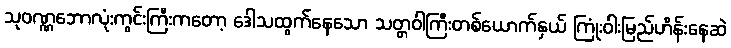
သုဝဏ္ဏဘောလုံးကွင်းကြီးကတော့ ဒေါသထွက်နေသော သတ္တဝါကြီးတစ်ယောက်နှယ် ကြုံးဝါးမြည်ဟိန်းနေဆဲ